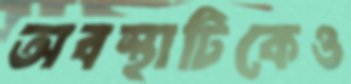
অবস্থাটিকেও